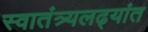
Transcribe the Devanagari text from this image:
स्वातंत्र्यलढ्यांत